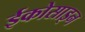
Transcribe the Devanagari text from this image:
ईकोसाइन